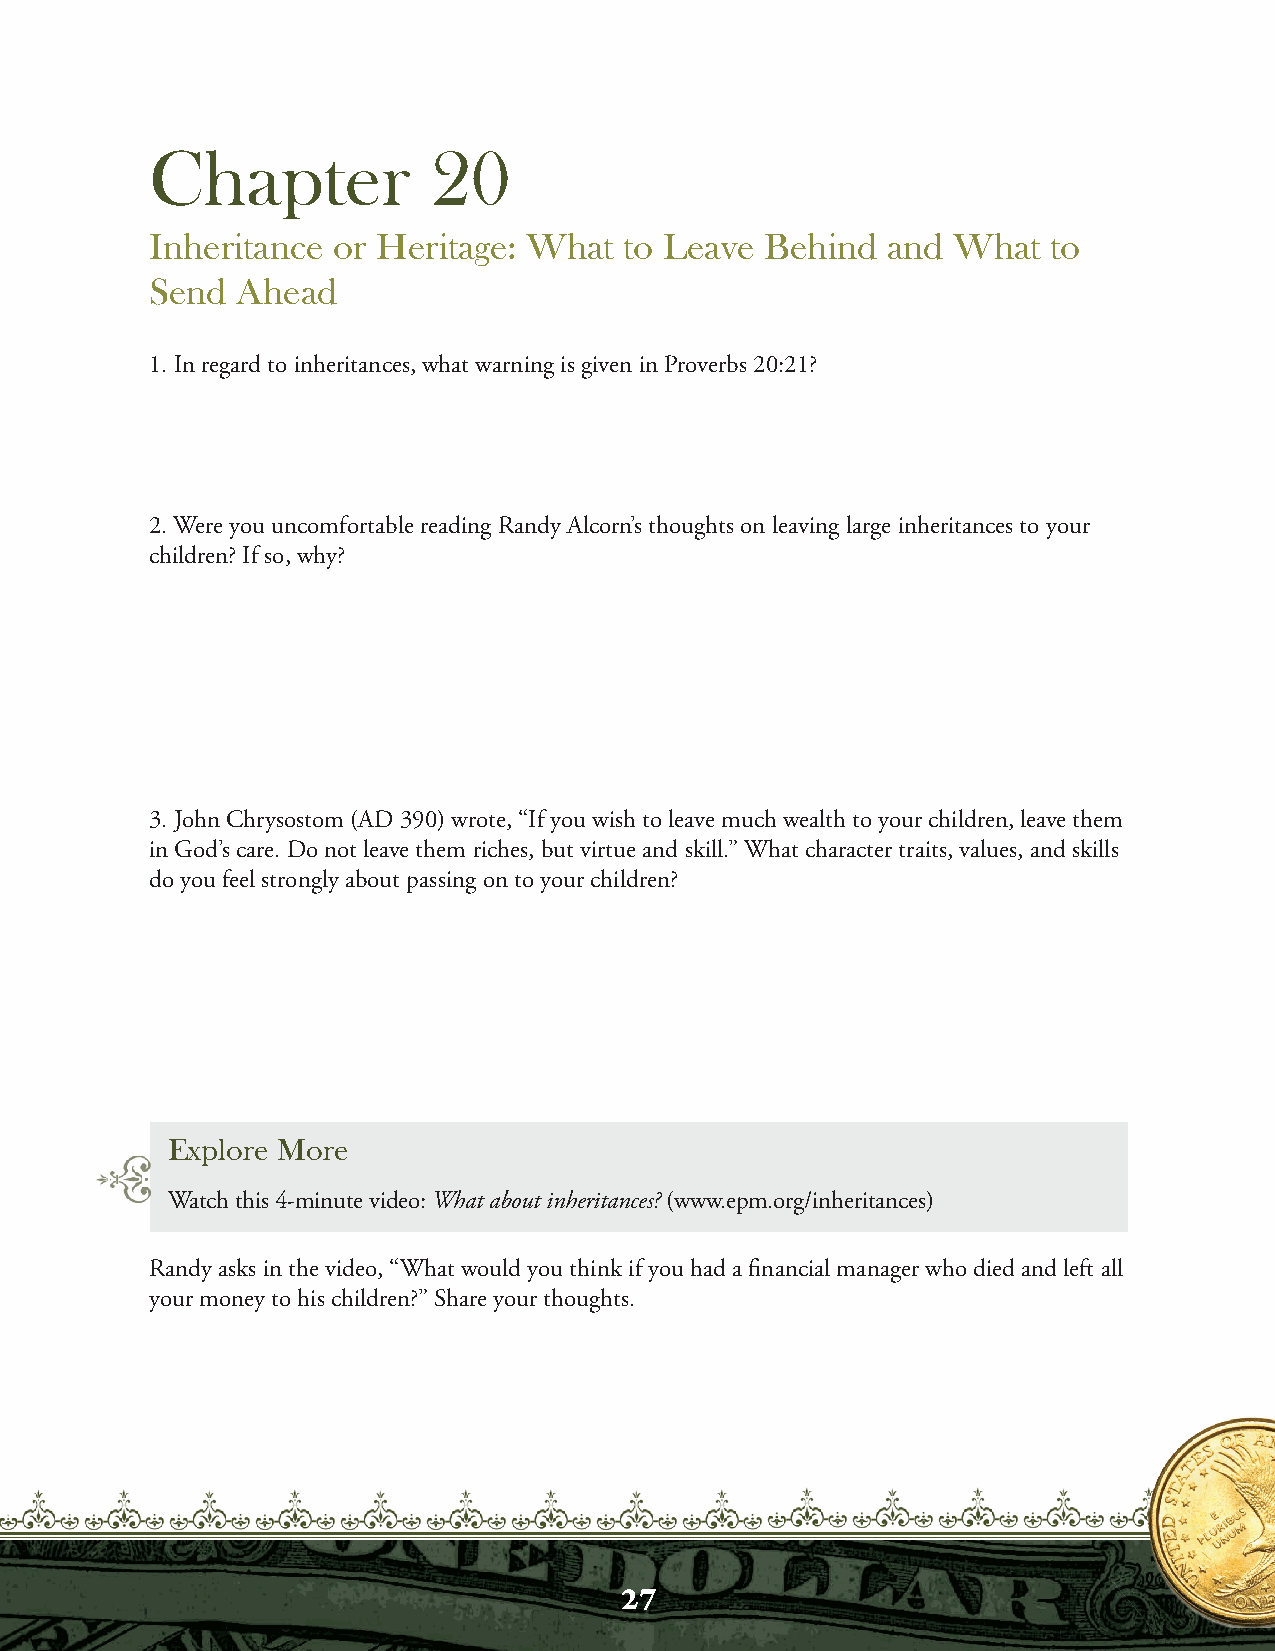
Chapter           20
 Inheritance or Heritage: What  to Leave  Behind  and What   to
 Send  Ahead
 1. In regard to inheritances, what warning is given in Proverbs 20:21?
 2. Were you uncomfortable reading Randy Alcorn’s thoughts on leaving large inheritances to your
 children? If so, why?
 3. John Chrysostom (AD 390) wrote, “If you wish to leave much wealth to your children, leave them
 in God’s care. Do not leave them riches, but virtue and skill.” What character traits, values, and skills
 do you feel strongly about passing on to your children?
 Explore More
 Watch this 4-minute video: What about inheritances? (www.epm.org/inheritances)
 Randy asks in the video, “What would you think if you had a financial manager who died and left all
 your money to his children?” Share your thoughts.
 27